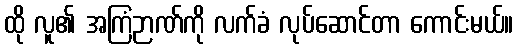
ထို လူ၏ အကြံဉာဏ်ကို လက်ခံ လုပ်ဆောင်တာ ကောင်းမယ်။